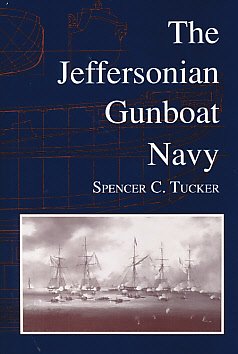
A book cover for The Jeffersonian Gunboat Navy (Studies in Maritime History); Spencer C. Tucker; History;